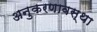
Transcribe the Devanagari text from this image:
अनुकरणावस्था